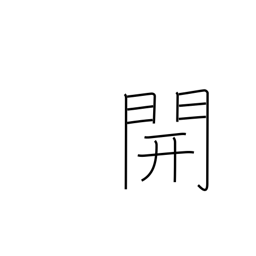
Meaning: open